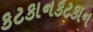
કટકાનકટકાન